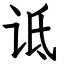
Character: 诋